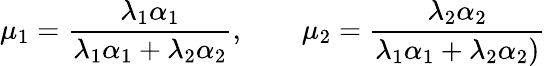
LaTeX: \mu_{1}=\frac{\lambda_{1}\alpha_{1}}{\lambda_{1}\alpha_{1}+\lambda_{2}\alpha_{2}},\qquad\mu_{2}=\frac{\lambda_{2}\alpha_{2}}{\lambda_{1}\alpha_{1}+\lambda_{2}\alpha_{2})}